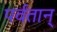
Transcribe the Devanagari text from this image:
पर्वतान्